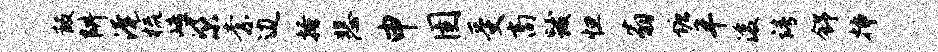
叛阱淹梳嶂梁柰边搔悲申圉受商跋怛翁塘半浚靖舒插